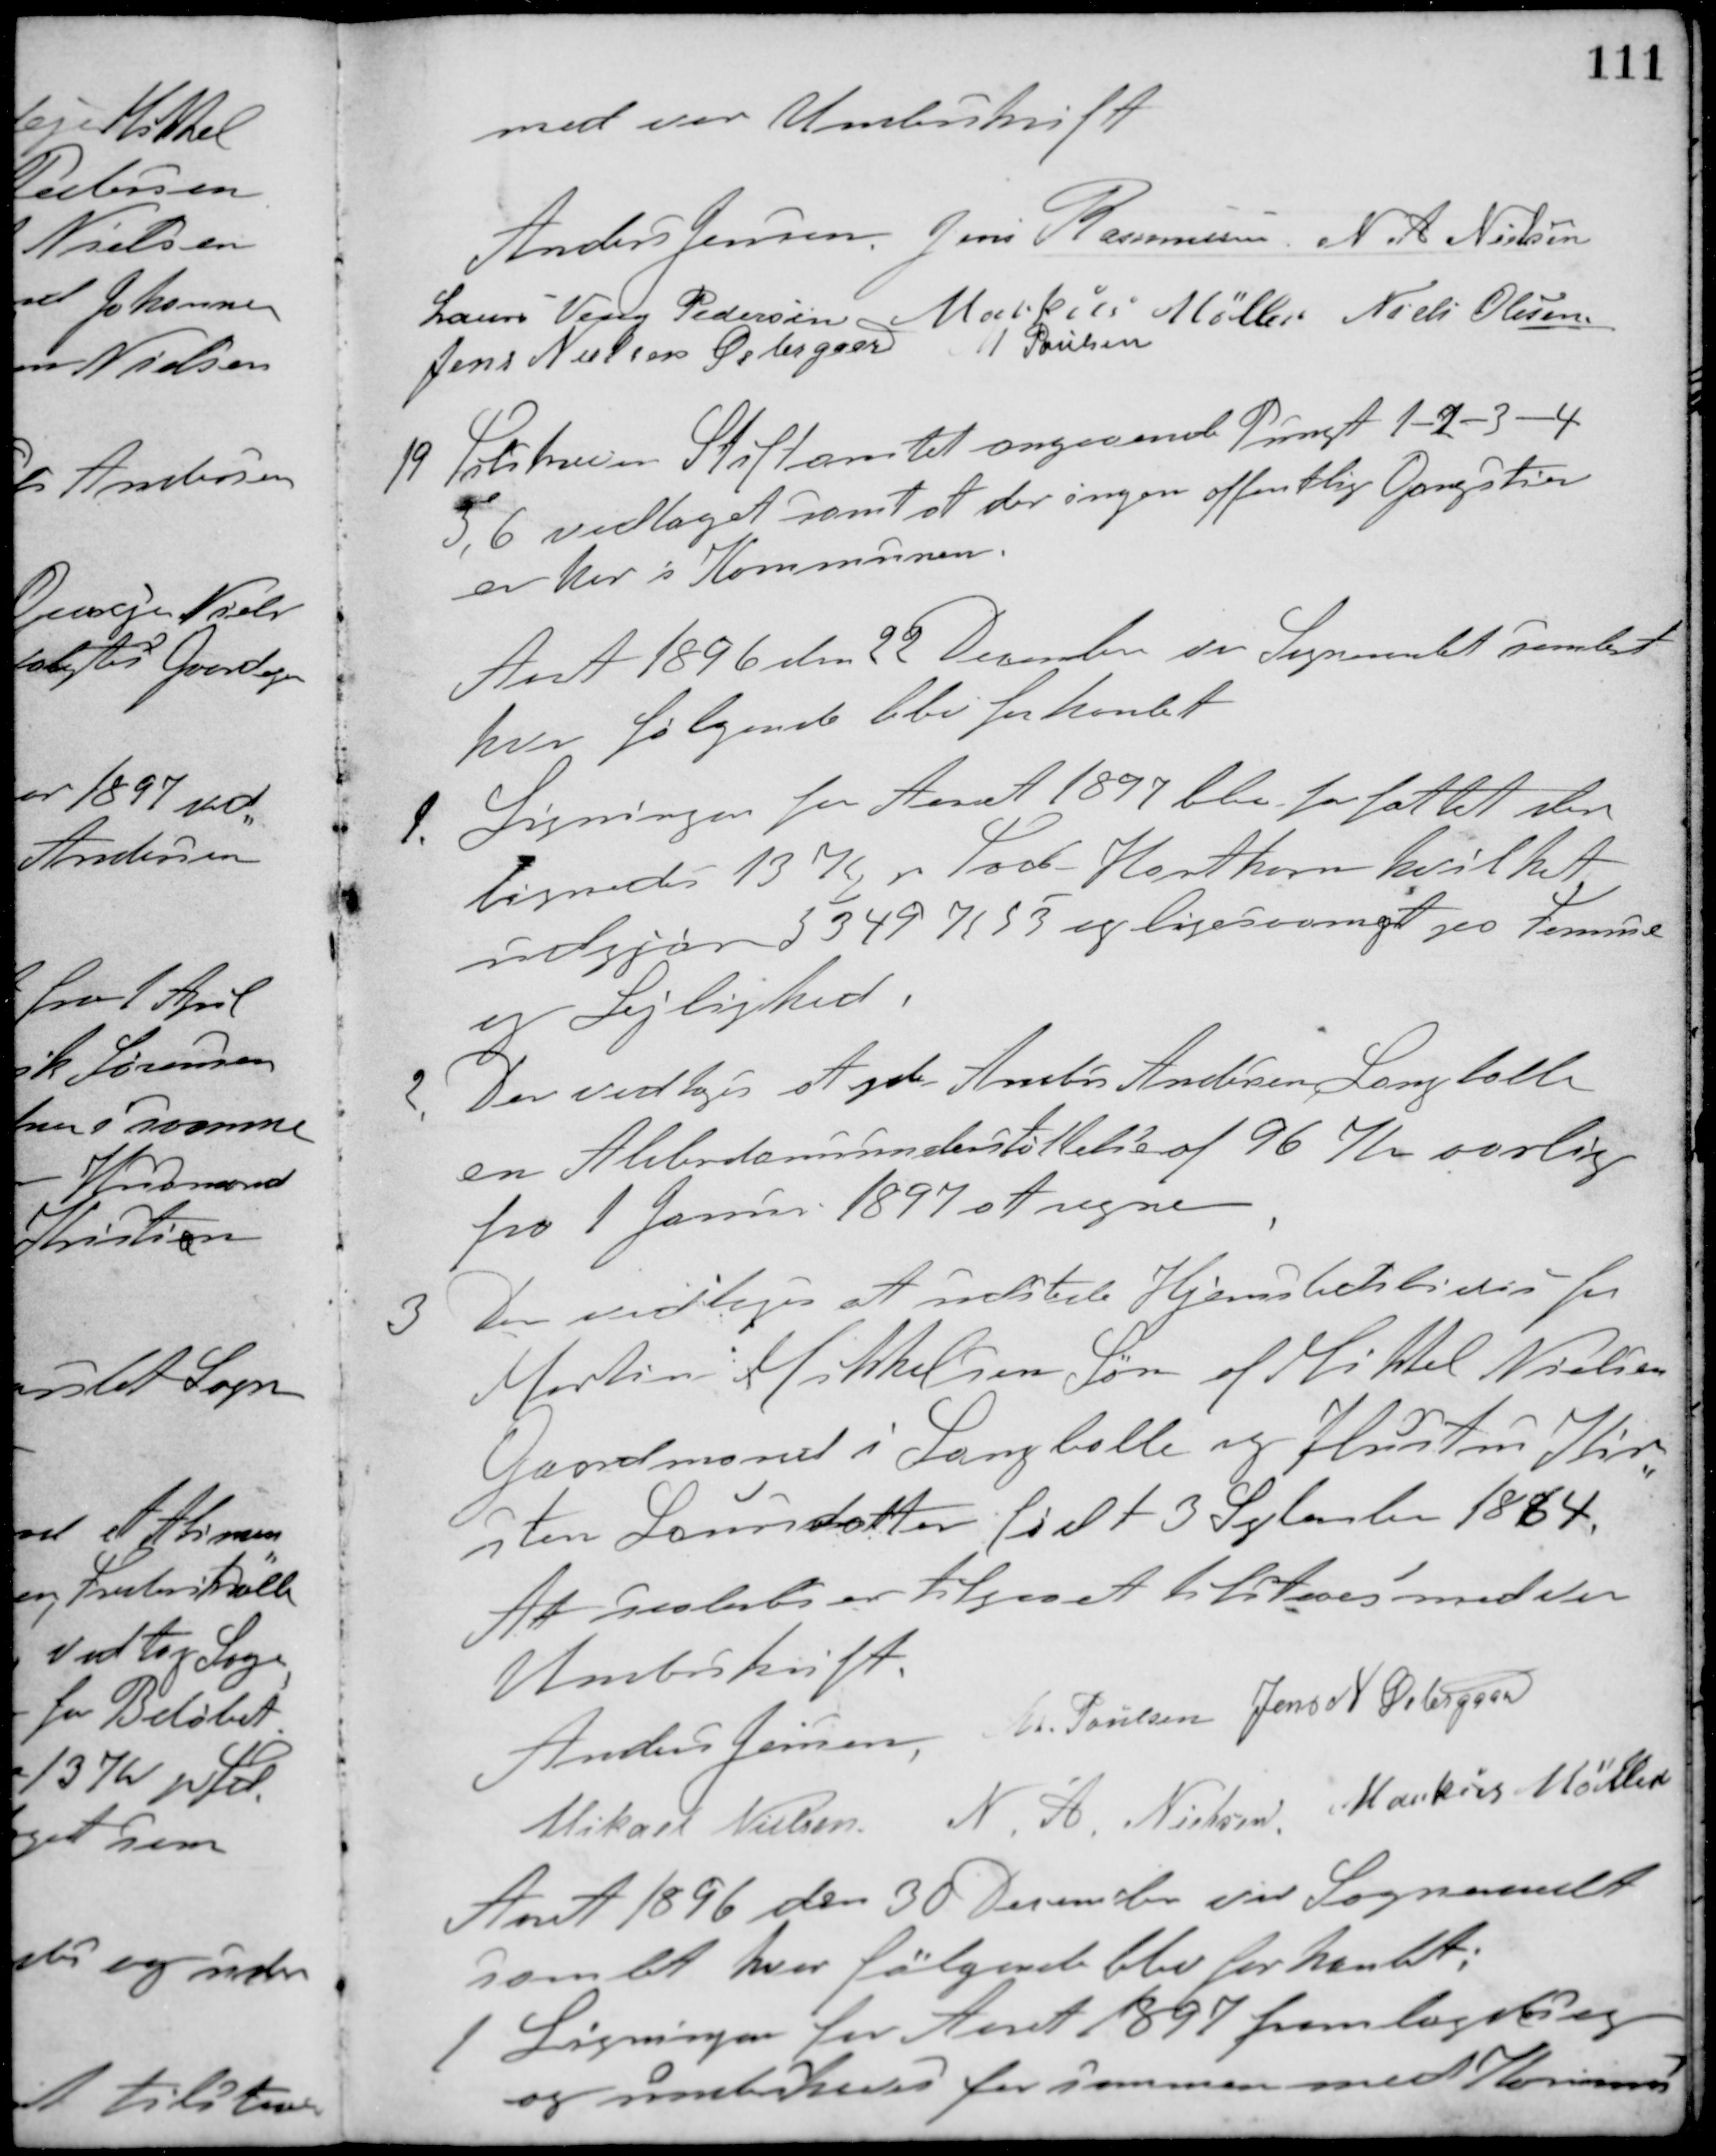
Transskription:
med vor Underskrift
Anders Jensen Jens Rasmussen N. A. Nielsen
Laurs Veng Pedersen Markus Møller Niels Olesen
Jens Nielsen Østergaard M. Poulsen
19 Tilskreven Stiftamtet angaaende Pungt 1 -2- 3- 4
5, 6 vedtaget samt at der ingen offentlige Gangstier
er her i Kommunen.
Aaret 1896 d. 22 December var Sogneraadet samlet
hvor følgende blev forhandlet
1. Ligningen for Aaret 1897 blev forfattet der
lignedes 13 Kr. pr. Tod. Hartkorn hvilket
udgjør 5349 K 53 og ligesaameget paa Formue
og Lejlighed.
2. Der vedtoges at yde Anders Andersen, Langballe
en Alderdomsunderstøttelse af 96 Kr. aarlig
fra 1 Januar 1897 at regne.
3. Der vedtoges at udstede Hjemstedsbevis for
Martin Mikkelsen Søn af Mikkel Nielsen
Gaardmand i Langballe og Hustru Kir-
sten Laursdatter født 3 September 1864.
At saaledes er tilgaaet tilstaaes med vor
Underskrift.
Anders Jensen M. Poulsen Jens N. Østergaard
Mikael Nielsen N. A. Nielsen Markus Møller
Aaret 1896 den 30 December var Sogneraadet
samlet hvor følgende blev forhandlet:
1 Ligningen for Aaret 1897 fremlagdes og
og underskreves for sammen med Komunens